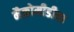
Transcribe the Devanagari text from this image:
मैक्रोमीडीया